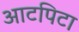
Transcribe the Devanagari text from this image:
आटपिटा